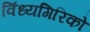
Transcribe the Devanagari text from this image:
विंध्यगिरिको